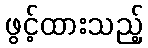
ဖွင့်ထားသည့်